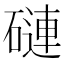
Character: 䃛